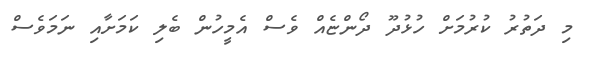
މި ދަތުރު ކުރުމަށް ހުޅުދޫ ދޯންޏެއް ވެސް އެމީހުން ބެލި ކަމަށާއި ނަމަވެސް